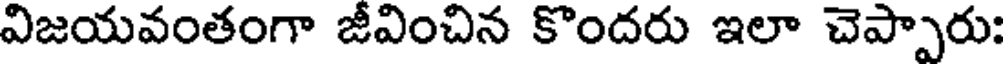
విజయవంతంగా జీవించిన కొందరు ఇలా చెప్పారు: